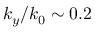
k _ { y } / k _ { 0 } \sim 0 . 2